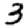
Digit: 3